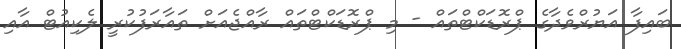
ބައިފާ އަޔުރްވެދާގެ ޕްރޮޑަކްޓްތައް - މި ޕްރޮޑަކްޓްތައް ރާއްޖެއަށް ތައާރަފުކުރީ ލެކިއުޓް އާއި